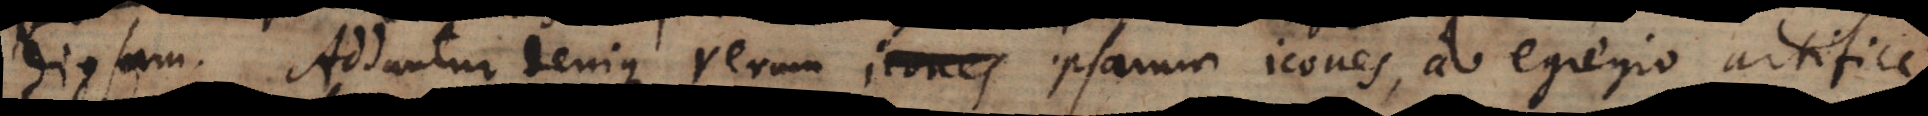
diosam. Addantur denique rerum ipsarum icones, ab egregio artifice